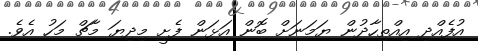
އުފެއްދި އިއްތިހާދުން ޔަމަނަށް ބޮން އަޅަން ފެށީ މިދިޔަ މާޗް މަހު އެވެ.